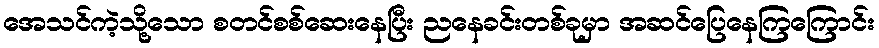
အေသင်ကဲ့သို့သော စတင်စစ်ဆေးနေပြီး ညနေခင်းတစ်ခုမှာ အဆင်ပြေနေကြကြောင်း